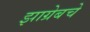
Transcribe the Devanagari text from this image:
झाग्रेबचे